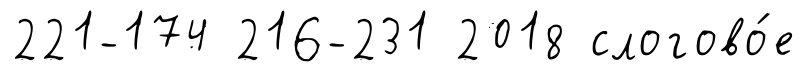
221-174 216-231 2018 слогово́е